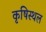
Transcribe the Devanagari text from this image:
कृषिस्थल